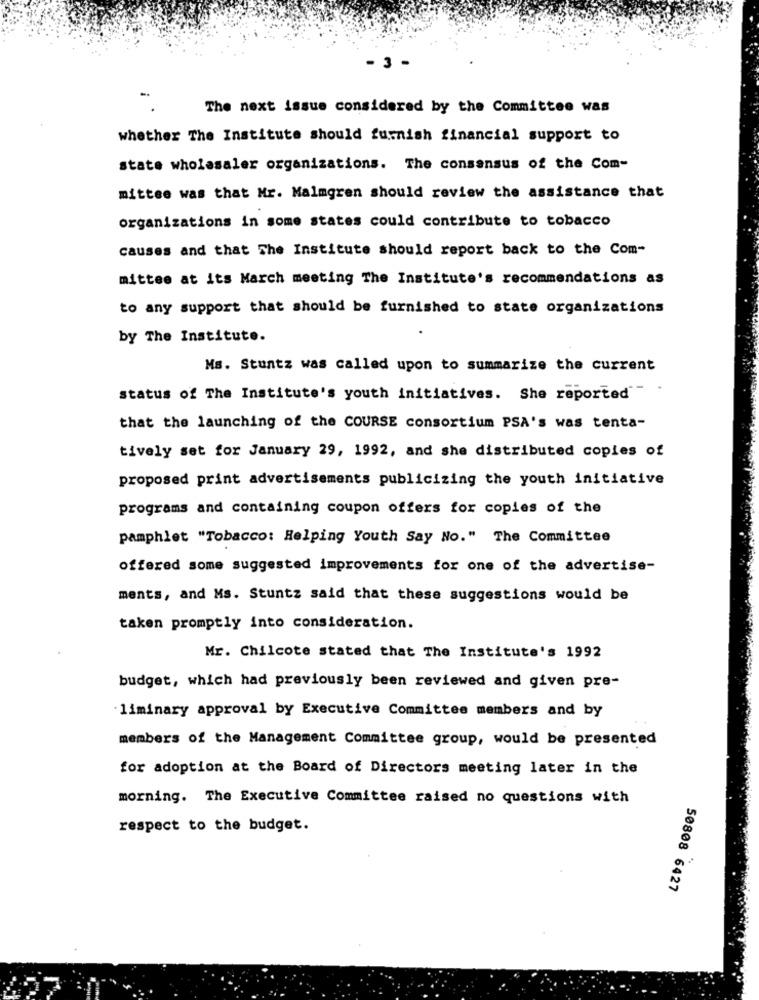
- 3 -
The next issue considered by the Committee was
whether The Institute should furnish financial support to
state wholesaler organizations. The consensus of the Com-
mittee was that Mr. Malmgren should review the assistance that
organizations in some states could contribute to tobacco
causes and that The Institute should report back to the Com-
mittee at its March meeting The Institute's recommendations as
to any support that should be furnished to state organizations
by The Institute.
Ms. Stuntz was called upon to summarize the current
status of The Institute's youth initiatives. She reported"
that the launching of the COURSE consortium PSA's was tenta-
tively set for January 29, 1992, and she distributed copies of
proposed print advertisements publicizing the youth initiative
programs and containing coupon offers for copies of the
pamphlet "Tobacco: Helping Youth Say No." The Committee
offered some suggested improvements for one of the advertise-
ments, and Ms. Stuntz said that these suggestions would be
taken promptly into consideration.
Mr. Chilcote stated that The Institute's 1992
budget, which had previously been reviewed and given pre-
liminary approval by Executive Committee members and by
members of the Management Committee group, would be presented
for adoption at the Board of Directors meeting later in the
morning. The Executive Committee raised no questions with
respect to the budget.
50808 6427